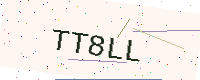
Text: TT8LL